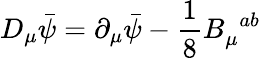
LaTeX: D_{\mu}\bar{\psi}=\partial_{\mu}\bar{\psi}-\frac{1}{8}B_{\mu}^{\, \, \, ab}